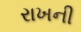
રાખની